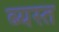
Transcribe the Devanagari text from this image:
ब्यस्त